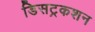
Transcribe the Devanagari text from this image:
डिसट्रकशन